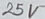
Text: 25V